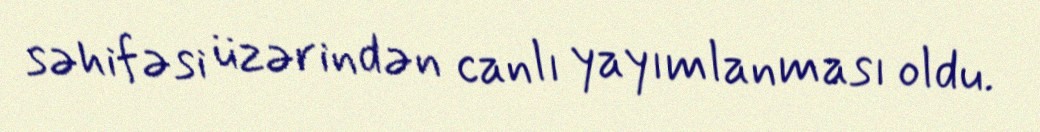
səhifəsi üzərindən canlı yayımlanması oldu.